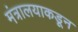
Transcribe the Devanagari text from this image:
मंत्रालयाकडून